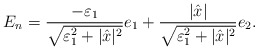
\begin{align*}E_n = \frac{- \varepsilon_1}{\sqrt{\varepsilon_1^2 + |\hat{x}|^2}} e_1 + \frac{|\hat{x}|}{\sqrt{\varepsilon_1^2 + |\hat{x}|^2}} e_2.\end{align*}